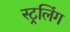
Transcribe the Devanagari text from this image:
स्ट्रलिंग